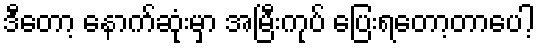
ဒီတော့ နောက်ဆုံးမှာ အမြီးကုပ် ပြေးရတော့တာပေါ့